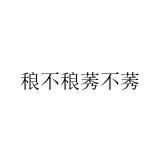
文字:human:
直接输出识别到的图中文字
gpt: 稂不稂莠不莠